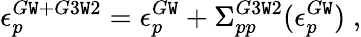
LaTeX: \epsilon_{p}^{G\mathtt{W}+G3\mathtt{W}2}=\epsilon_{p}^{G\mathtt{W}}+\Sigma_{pp}^{G3\mathtt{W}2}(\epsilon_{p}^{G\mathtt{W}})\; ,